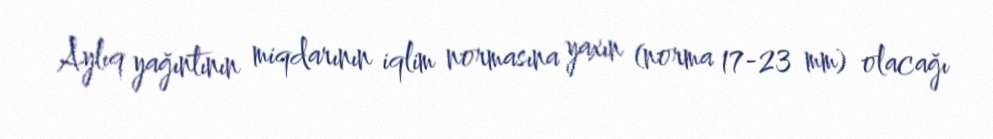
Aylıq yağıntının miqdarının iqlim normasına yaxın (norma 17-23 mm) olacağı